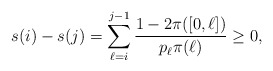
\begin{align*} s(i)-s(j)=\sum_{\ell=i}^{j-1}\frac{1-2\pi([0,\ell])}{p_\ell\pi(\ell)}\ge 0,\end{align*}